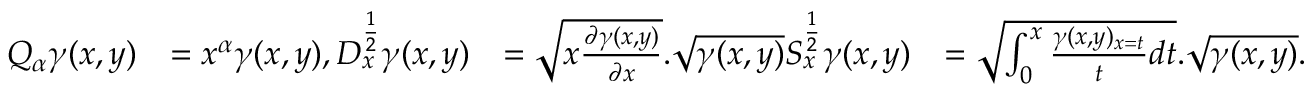
\begin{array} { r l r l } { Q _ { \alpha } \gamma ( x , y ) } & { = x ^ { \alpha } \gamma ( x , y ) , D _ { x } ^ { \frac { 1 } { 2 } } \gamma ( x , y ) } & { = \sqrt { x \frac { \partial \gamma ( x , y ) } { \partial x } } . \sqrt { \gamma ( x , y ) } S _ { x } ^ { \frac { 1 } { 2 } } \gamma ( x , y ) } & { = \sqrt { \int _ { 0 } ^ { x } \frac { \gamma ( x , y ) _ { x = t } } { t } d t } . \sqrt { \gamma ( x , y ) } . } \end{array}